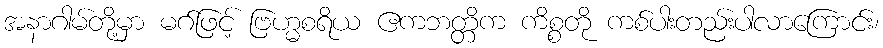
အနာဂါမ်တို့မှာ မဂ်ဖြင့် ဗြဟ္မစရိယ ဧကဘတ္တိက ကိစ္စတို ကစ်ပါးတည်းပါလာကြောင်း၊